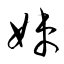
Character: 妹